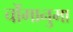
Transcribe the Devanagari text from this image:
चोंगानुमा